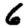
Digit: 6